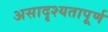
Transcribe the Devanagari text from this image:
असादृश्यतापूर्ण